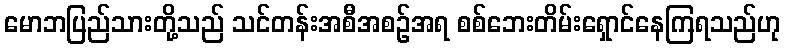
မောဘပြည်သားတို့သည် သင်တန်းအစီအစဉ်အရ စစ်ဘေးတိမ်းရှောင်နေကြရသည်ဟု